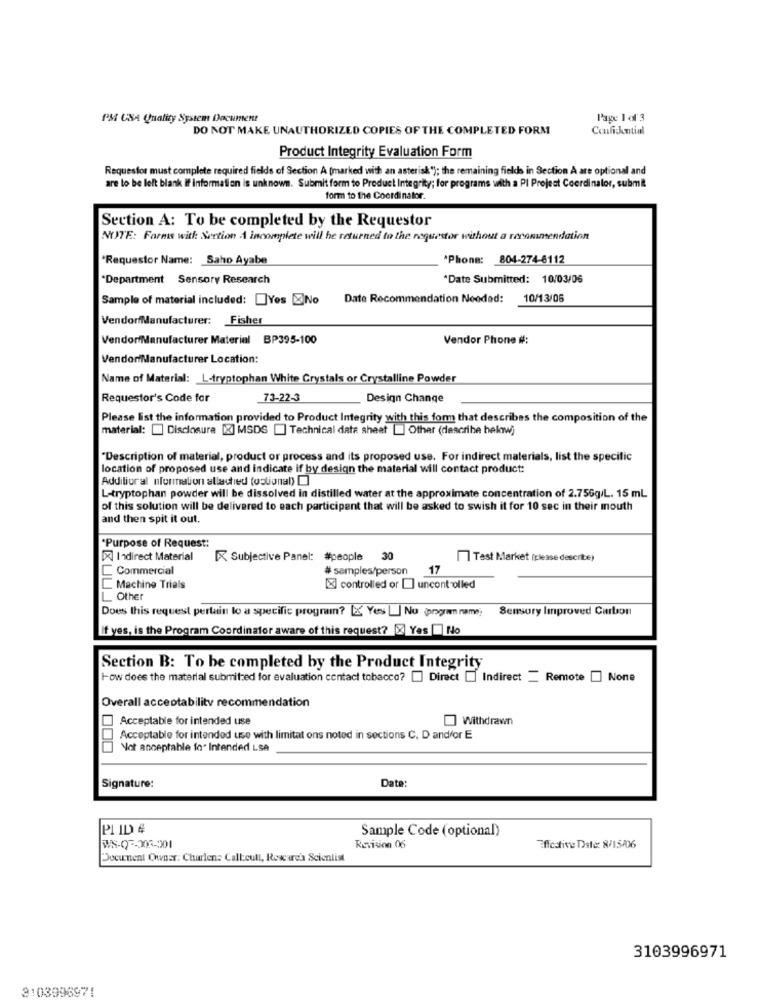
PM USA Quality System Document
Page 1 of 3
DO NOT MAKE UNAUTHORIZED COPIES OF THE COMPLETED FORM
Confickntial
Product Integrity Evaluation Form
Requestor must complete required fields of Section A (marked with an asterisk"); the remaining fields in Section A are optional and
are to be left blank if information is unknown. Submit form to Product Integrity; for programs with a PI Project Coordinator, submit
form to the Coordinator.
Section A: To be completed by the Requestor
NOTE: Farms with Section A incomplete will he returned to the requestor without a recommendation
"Requestor Name: Saho Ayabe
Phone: 804-274-6112
*Department Sensory Research
*Date Submitted: 10/03/06
Sample of material included: Yes ENo
Date Recommendation Needed:
10/13/06
VendorfManufacturer: Fisher
Vendor/Manufacturer Material BP395-100
Vendor Phone #:
VendorManufacturer Location:
Name of Material: L-tryptophan White Crystals or Crystalline Powder
Requestor's Code for
73-22-3
Design Change
Please list the information provided to Product Integrity with this form that describes the composition of the
material: [ Disclosure [X] MSDS [] Technical data sheet [] Other (describe below)
"Description of material, product or process and its proposed use. For indirect materials, list the specific
location of proposed use and indicate if by design the material will contact product:
Additional nformation allached (optional)
L-tryptophan powder will be dissolved in distilled water at the approximate concentration of 2.756g/L. 15 mL
of this solution will be delivered to each participant that will be asked to swish it for 10 sec in their mouth
and then spit it out.
"Purpose of Request:
[X] Indirect Material
Subjective Panel: #people 30
1] Test Market (please describe)
L Commercial
# samples/person
17
Machine Trials
[X] controlled or [] uncontrolled
L Other
Does this request pertain to a specific program? [X Yes ] No programm name;
Sensory Improved Carbon
If yes, is the Program Coordinator aware of this request? [X Yes | No
Section B: To be completed by the Product Integrity
How does the material submitzed for evaluation contact tobacco? [] Direct [] Indirect _ Remote [] None
Overall acceptability recommendation
Acceptable for intended use
Withdrawn
Acceptable for intended use with limitat ons noted in sections C. D andfor E
Not acceptable fe Intended Lse
Signature:
Date:
PI ID #
Sample Code (optional)
WS-07-206-201
Revision 06
Effective Date: 8/15/06
Document Owner: Charlene Call:cull, Research Scientist
3103996971
3103996971